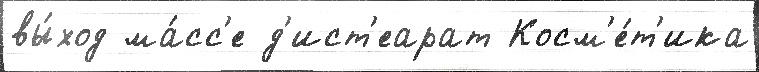
вы́ход ма́сс'е д'ист'еарат Косм'е́т'ика